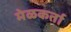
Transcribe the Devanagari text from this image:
मेळकर्ता